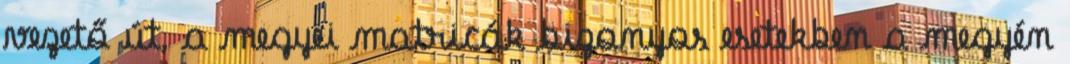
vezető út, a megyei matricák bizonyos esetekben a megyén